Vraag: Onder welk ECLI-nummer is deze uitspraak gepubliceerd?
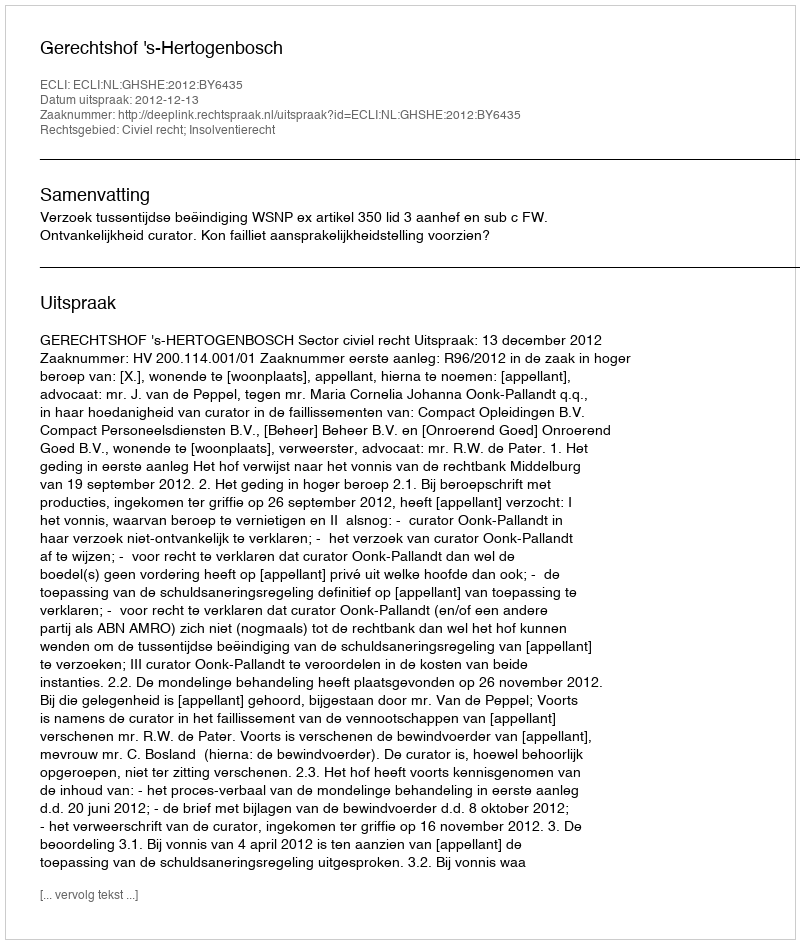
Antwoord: ECLI:NL:GHSHE:2012:BY6435